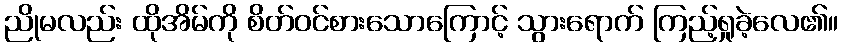
ညိုမလည်း ထိုအိမ်ကို စိတ်ဝင်စားသောကြောင့် သွားရောက် ကြည့်ရှုခဲ့လေ၏။